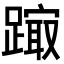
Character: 𨄒